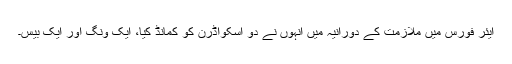
ایئر فورس میں ملازمت کے دورانیہ میں انہوں نے دو اسکواڈرن کو کمانڈ کیا، ایک ونگ اور ایک بیس۔